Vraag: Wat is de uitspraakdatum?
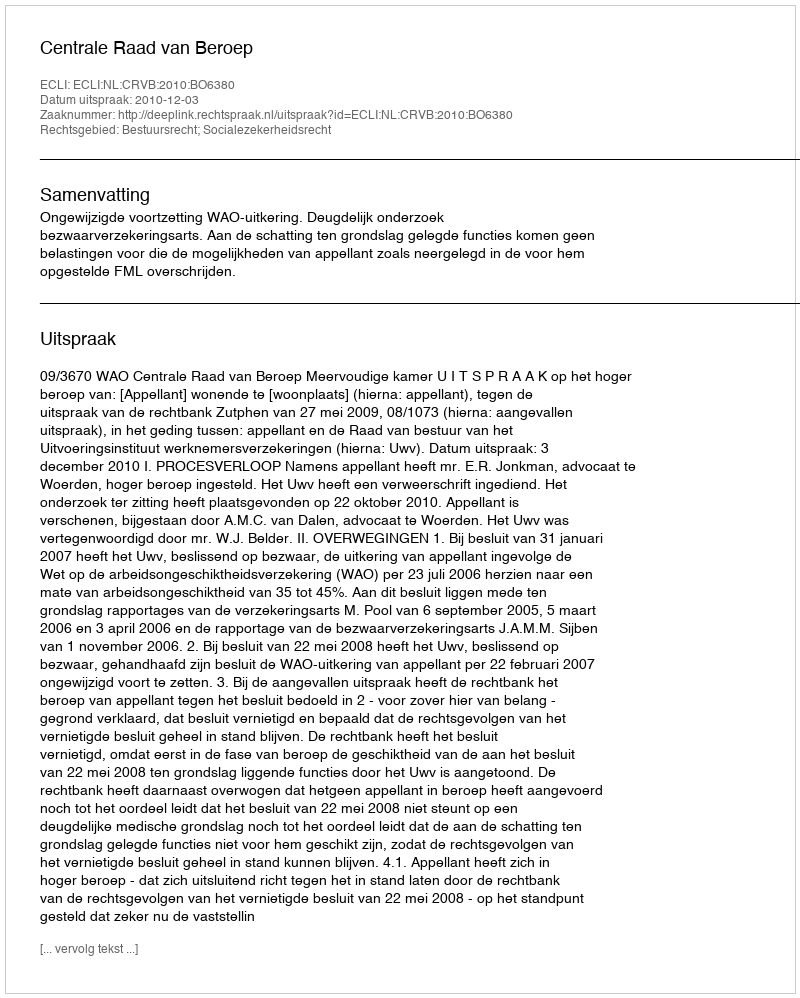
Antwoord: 2010-12-03